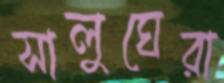
সালুঘেরা